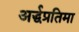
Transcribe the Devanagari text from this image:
अर्द्धप्रतिमा